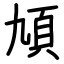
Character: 頄